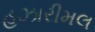
હઝારીમલ